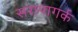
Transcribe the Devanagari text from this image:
सरापागर्क